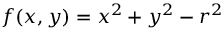
f ( x , y ) = x ^ { 2 } + y ^ { 2 } - r ^ { 2 }